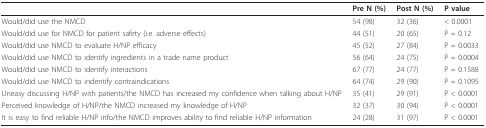
|  | Pre N (%) | Post N (%) | P value |
 | --- | --- | --- | --- |
 | Would/did use the NMCD | 54 (98) | 32 (36) | < 0.0001 |
 | Would/did use for NMCD for patient safety (i.e. adverse effects) | 44 (51) | 20 (65) | P = 0.12 |
 | Would/did use NMCD to evaluate H/NP efficacy | 45 (52) | 27 (84) | P = 0.0033 |
 | Would/did use NMCD to identify ingredients in a trade name product | 56 (64) | 24 (75) | P = 0.0004 |
 | Would/did use NMCD to identify interactions | 67 (77) | 24 (77) | P = 0.1588 |
 | Would/did use NMCD to indentify contraindications | 64 (74) | 29 (90) | P = 0.1095 |
 | Uneasy discussing H/NP with patients/the NMCD has increased my confidence when talking about H/NP | 35 (41) | 29 (91) | P < 0.0001 |
 | Perceived knowledge of H/NP/the NMCD increased my knowledge of H/NP | 32 (37) | 30 (94) | P < 0.0001 |
 | It is easy to find reliable H/NP info/the NMCD improves ability to find reliable H/NP information | 24 (28) | 31 (97) | P < 0.0001 |